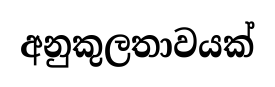
අනුකුලතාවයක්